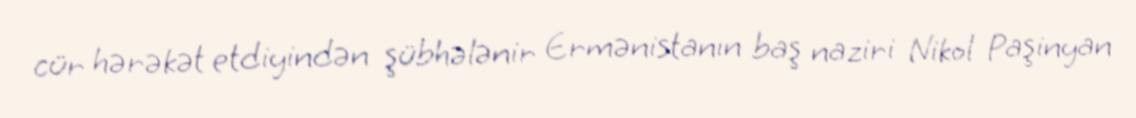
cür hərəkət etdiyindən şübhələnir Ermənistanın baş naziri Nikol Paşinyan